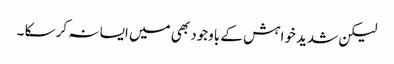
لیکن شدید خواہش کے باوجود بھی میں ایسا نہ کر سکا ۔